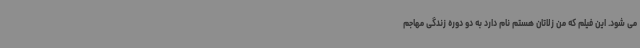
می شود. این فیلم که من زلاتان هستم نام دارد به دو دوره زندگی مهاجم